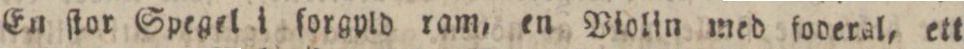
En ſtor Spegel i forgpld ram, en Violin med foderal, ett